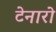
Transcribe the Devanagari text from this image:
टेनारो